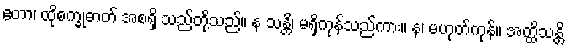
ဧတာ၊ ထိုစက္ခုဓာတ် အစရှိ သည်တို့သည်။ န သန္တိ၊ မရှိကုန်သည်ကား။ န၊ မဟုတ်ကုန်။ အတ္ထိသန္တိ